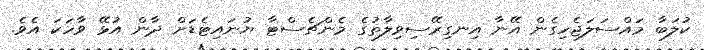
ކުލަބާ މައްސަލަޖެހިގެން އޭނާ އިނގިރޭސިވިލާތުގެ މެންޗެސްޓާ ޔުނައިޓެޑަށް ދާން އުޅޭ ވާހަކަ އެވެ.